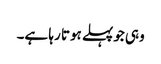
وہی جوپہلے ہوتا رہا ہے۔